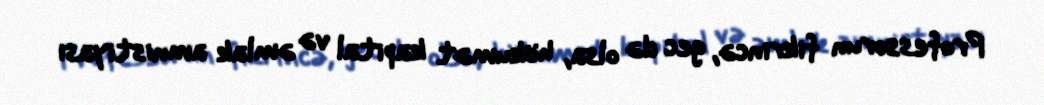
Professorun fikrincə, gec də olsa, hökumət kapital və əmlak amnistiyası